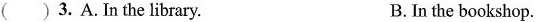
( ) 3. A. In the library. B. In the bookshop.